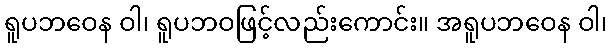
ရူပဘဝေန ဝါ၊ ရူပဘဝဖြင့်လည်းကောင်း။ အရူပဘဝေန ဝါ၊